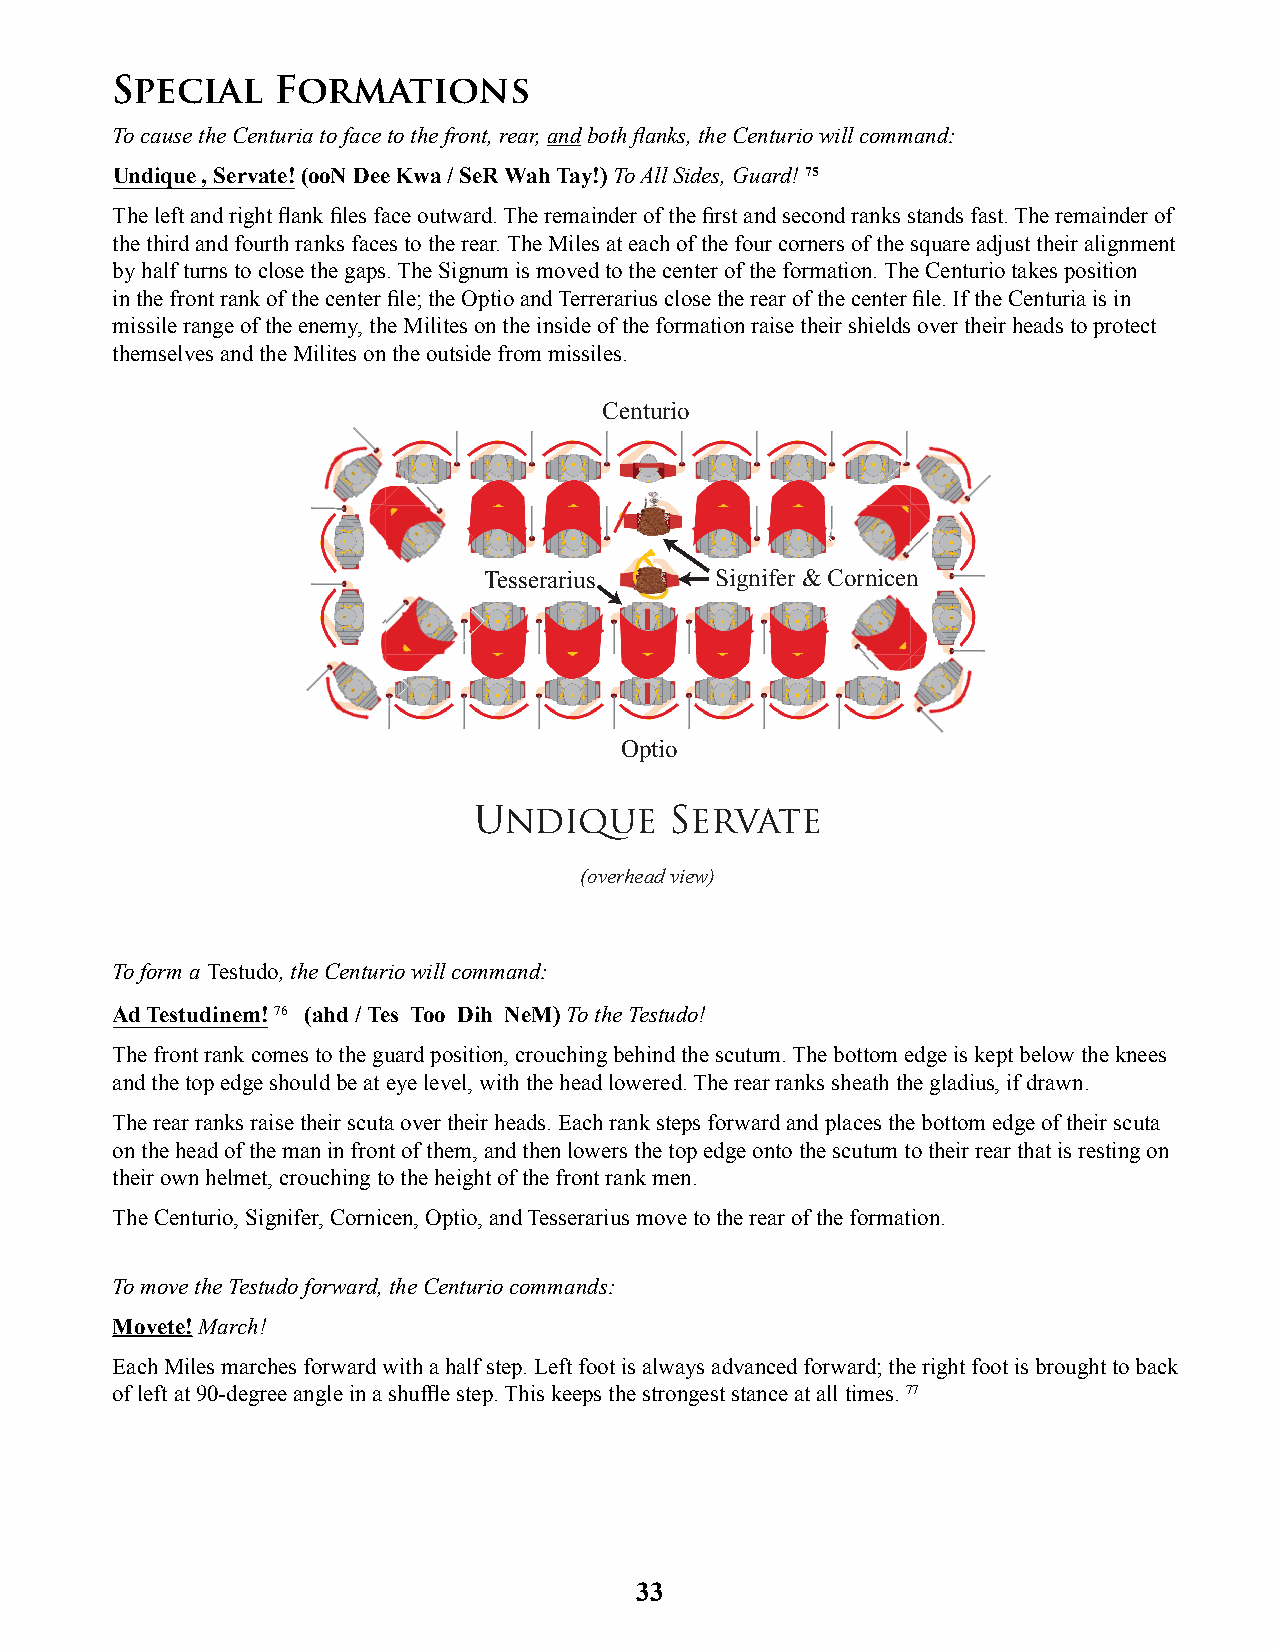
Special    Formations
 To cause the Centuria to face to the front, rear, and both fl anks, the Centurio will command:
 Undique , Servate! (ooN Dee Kwa / SeR Wah Tay!) To All Sides, Guard! 75
 The left and right fl ank fi les face outward. The remainder of the fi rst and second ranks stands fast. The remainder of
 the third and fourth ranks faces to the rear. The Miles at each of the four corners of the square adjust their alignment
 by half turns to close the gaps. The Signum is moved to the center of the formation. The Centurio takes position
 in the front rank of the center fi le; the Optio and Terrerarius close the rear of the center fi le. If the Centuria is in
 missile range of the enemy, the Milites on the inside of the formation raise their shields over their heads to protect
 themselves and the Milites on the outside from missiles.
 Centurio
 Tesserarius    Signifer & Cornicen
 Optio
 Undique      Servate
 (overhead view)
 To form a Testudo, the Centurio will command:
 Ad Testudinem! 76 (ahd / Tes Too Dih NeM) To the Testudo!
 The front rank comes to the guard position, crouching behind the scutum. The bottom edge is kept below the knees
 and the top edge should be at eye level, with the head lowered. The rear ranks sheath the gladius, if drawn.
 The rear ranks raise their scuta over their heads. Each rank steps forward and places the bottom edge of their scuta
 on the head of the man in front of them, and then lowers the top edge onto the scutum to their rear that is resting on
 their own helmet, crouching to the height of the front rank men.
 The Centurio, Signifer, Cornicen, Optio, and Tesserarius move to the rear of the formation.
 To move the Testudo forward, the Centurio commands:
 Movete! March!
 Each Miles marches forward with a half step. Left foot is always advanced forward; the right foot is brought to back
 of left at 90-degree angle in a shuffl e step. This keeps the strongest stance at all times. 77
 33